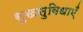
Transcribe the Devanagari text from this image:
सुखसुविधाएँ